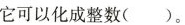
它可以化成整数（）。